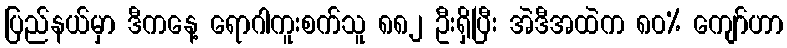
ပြည်နယ်မှာ ဒီကနေ့ ရောဂါကူးစက်သူ ၈၈၂ ဦးရှိပြီး အဲဒီအထဲက ၈၀% ကျော်ဟာ